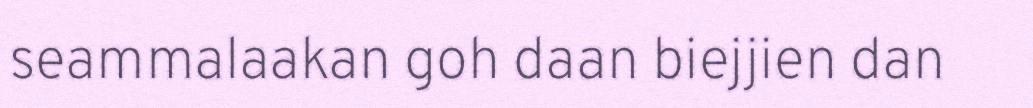
seammalaakan goh daan biejjien dan